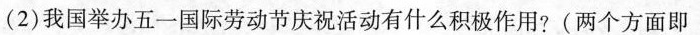
(2)我国举办五一国际劳动节庆祝活动有什么积极作用?(两个方面即